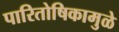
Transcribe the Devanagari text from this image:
पारितोषिकामुळे